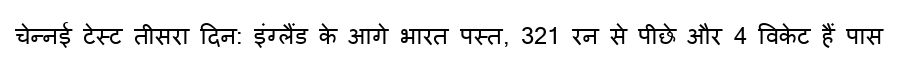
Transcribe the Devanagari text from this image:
चेन्नई टेस्ट तीसरा दिन: इंग्लैंड के आगे भारत पस्त, 321 रन से पीछे और 4 विकेट हैं पास